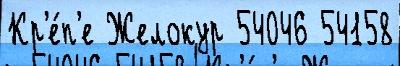
Кр'е́п'е Желокур 54046 54158